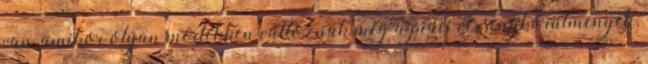
van, amikor olyan mértékben változnak meg a piaci versenykörülmények,